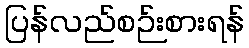
ပြန်လည်စဉ်းစားရန်